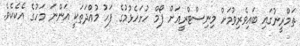
ތަމްރީނުގައި ބައިވެރިވުމަށް މިނިސްޓްރީއަށް ފޯމް ހުށަހެޅުމުގެ ފަހު މުއްދަތަކީ އަންނަ މަހުގެ އެކެކެވެ.